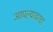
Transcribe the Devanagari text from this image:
आपल्यावरचा